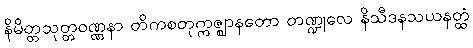
နိမိတ္တသုတ္တဝဏ္ဏနာ တိကစတုက္ကဇ္ဈာနတော တဏ္ဍုလေ နိသီဒနသယနတ္ထံ